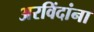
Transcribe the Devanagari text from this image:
अरविंदांना